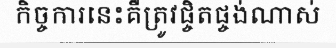
កិច្ចការនេះគឺត្រូវផ្ចិតផ្ចង់ណាស់